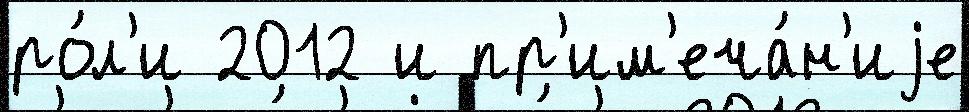
ро́л'и 2012 и пр'им'еча́н'иjе